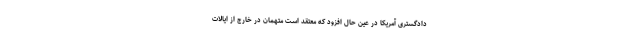
دادگستری آمریکا در عین حال افزود که معتقد است متهمان در خارج از ایالات